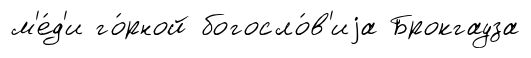
м'е́д'и го́рной богосло́в'иjа Брокгауза